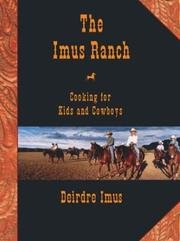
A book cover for Imus Ranch: Cooking for Kids and Cowboys; Deirdre Imus; Health, Fitness & Dieting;